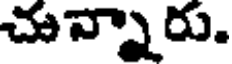
చున్నారు.